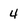
Character: 4